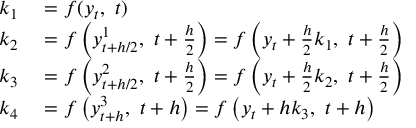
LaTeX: \begin{array} { r l } { k _ { 1 } } & { { } = f ( y _ { t } , \ t ) } \\ { k _ { 2 } } & { { } = f \left( y _ { t + h / 2 } ^ { 1 } , \ t + { \frac { h } { 2 } } \right) = f \left( y _ { t } + { \frac { h } { 2 } } k _ { 1 } , \ t + { \frac { h } { 2 } } \right) } \\ { k _ { 3 } } & { { } = f \left( y _ { t + h / 2 } ^ { 2 } , \ t + { \frac { h } { 2 } } \right) = f \left( y _ { t } + { \frac { h } { 2 } } k _ { 2 } , \ t + { \frac { h } { 2 } } \right) } \\ { k _ { 4 } } & { { } = f \left( y _ { t + h } ^ { 3 } , \ t + h \right) = f \left( y _ { t } + h k _ { 3 } , \ t + h \right) } \end{array}